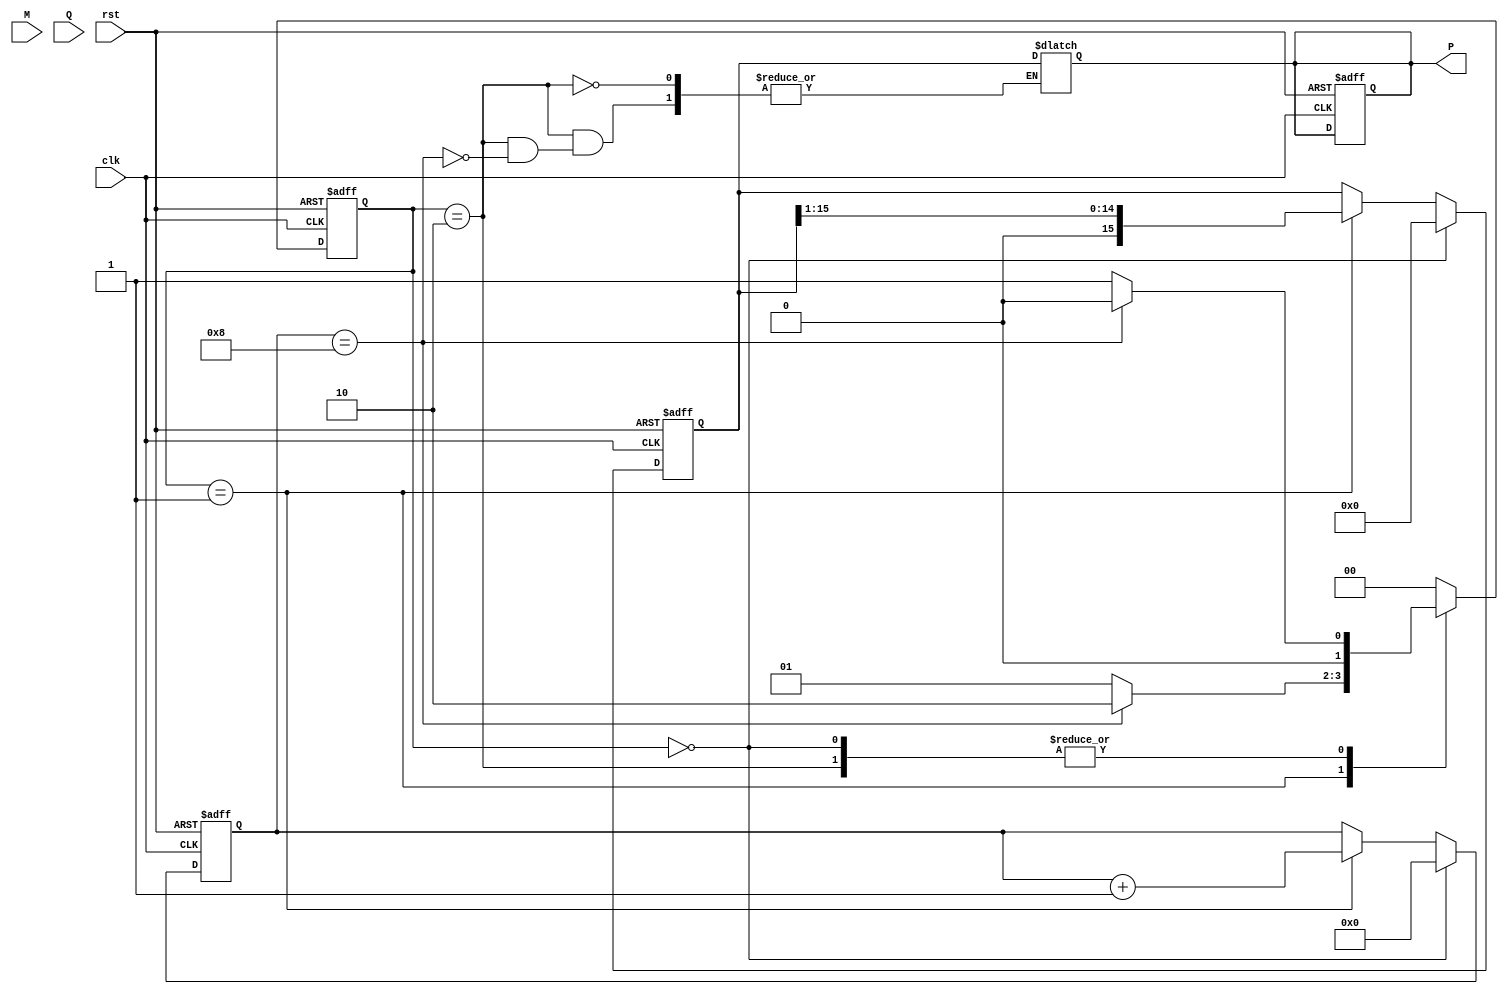
module modified_booth_multiplier (
    input wire clk,              // Clock signal
    input wire rst,              // Reset signal
    input wire [7:0] M,          // Multiplicand (8-bit)
    input wire [7:0] Q,          // Multiplier (8-bit)
    output reg [15:0] P          // Product (16-bit)
);

    reg [7:0] M_reg;             // Register for Multiplicand
    reg [7:0] Q_reg;             // Register for Multiplier
    reg [7:0] Q_neg1;            // Previous bit of Multiplier
    reg [15:0] A;                // Accumulator (16-bit)
    reg [3:0] count;             // Counter for iterations

    // Control states
    parameter IDLE = 2'b00;
    parameter COMPUTE = 2'b01;
    parameter SHIFT = 2'b10;

    reg [1:0] state, next_state;

    // Initial block for reset and initialization
    always @(posedge clk or posedge rst) begin
        if (rst) begin
            M_reg <= 8'b0;
            Q_reg <= 8'b0;
            Q_neg1 <= 1'b0;
            A <= 16'b0;
            P <= 16'b0;
            count <= 4'b0;
            state <= IDLE;
        end else begin
            state <= next_state;
            if (state == IDLE) begin
                // Load inputs at the start of computation
                M_reg <= M;
                Q_reg <= Q;
                Q_neg1 <= 1'b0;
                A <= 16'b0;
                count <= 4'b0;
            end else if (state == COMPUTE) begin
                // Booth encoding logic
                case ({Q_reg[0], Q_neg1})
                    2'b00: begin
                        // No action
                    end
                    2'b01: begin
                        // Add M
                        A <= A + {8'b0, M_reg};
                    end
                    2'b10: begin
                        // Subtract M
                        A <= A - {8'b0, M_reg};
                    end
                    2'b11: begin
                        // No action
                    end
                endcase
                // Prepare for the next iteration
                Q_neg1 <= Q_reg[0];
                Q_reg <= {A[0], Q_reg[7:1]}; // Shift Q
                A <= A >> 1;                 // Arithmetic right shift A
                count <= count + 1;         // Increment counter
            end
        end
    end

    // Next state logic
    always @(*) begin
        case (state)
            IDLE: begin
                next_state = (count == 8) ? IDLE : COMPUTE; // Change state if all bits processed
            end
            COMPUTE: begin
                next_state = (count == 8) ? SHIFT : COMPUTE; // Continue computing if not done
            end
            SHIFT: begin
                if (count == 8) begin
                    P = A; // Load the final product
                    next_state = IDLE; // Go back to IDLE state
                end else begin
                    next_state = COMPUTE; // Go back to COMPUTE state
                end
            end
            default: next_state = IDLE; // Default to IDLE
        endcase
    end

endmodule